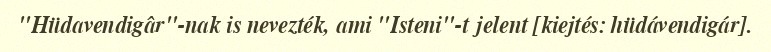
"Hüdavendigâr"-nak is nevezték, ami "Isteni"-t jelent [kiejtés: hüdávendigár].